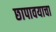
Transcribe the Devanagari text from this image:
छापावयाचा